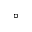
^ \circ